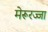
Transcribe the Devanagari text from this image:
मेरूरज्जा